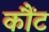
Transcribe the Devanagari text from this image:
कौंट